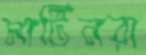
মার্টিনরা